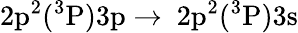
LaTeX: \mathrm{2p^{2}(^{3}P)3p\rightarrow~2p^{2}(^{3}P)3s}